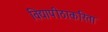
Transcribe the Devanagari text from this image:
विद्यापीठाकरिता